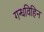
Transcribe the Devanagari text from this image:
गन्धविहिन